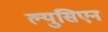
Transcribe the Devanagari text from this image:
ल्युसिएन